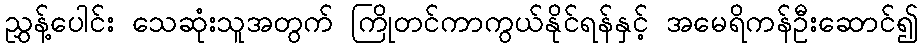
ညွှန့်ပေါင်း သေဆုံးသူအတွက် ကြိုတင်ကာကွယ်နိုင်ရန်နှင့် အမေရိကန်ဦးဆောင်၍